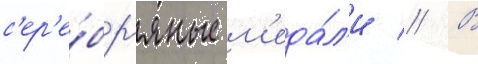
с'ер'е́бр'яные м'еда́л'и // В